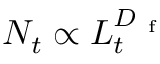
N _ { t } \propto L _ { t } ^ { D _ { \mathrm { ~ f ~ } } }